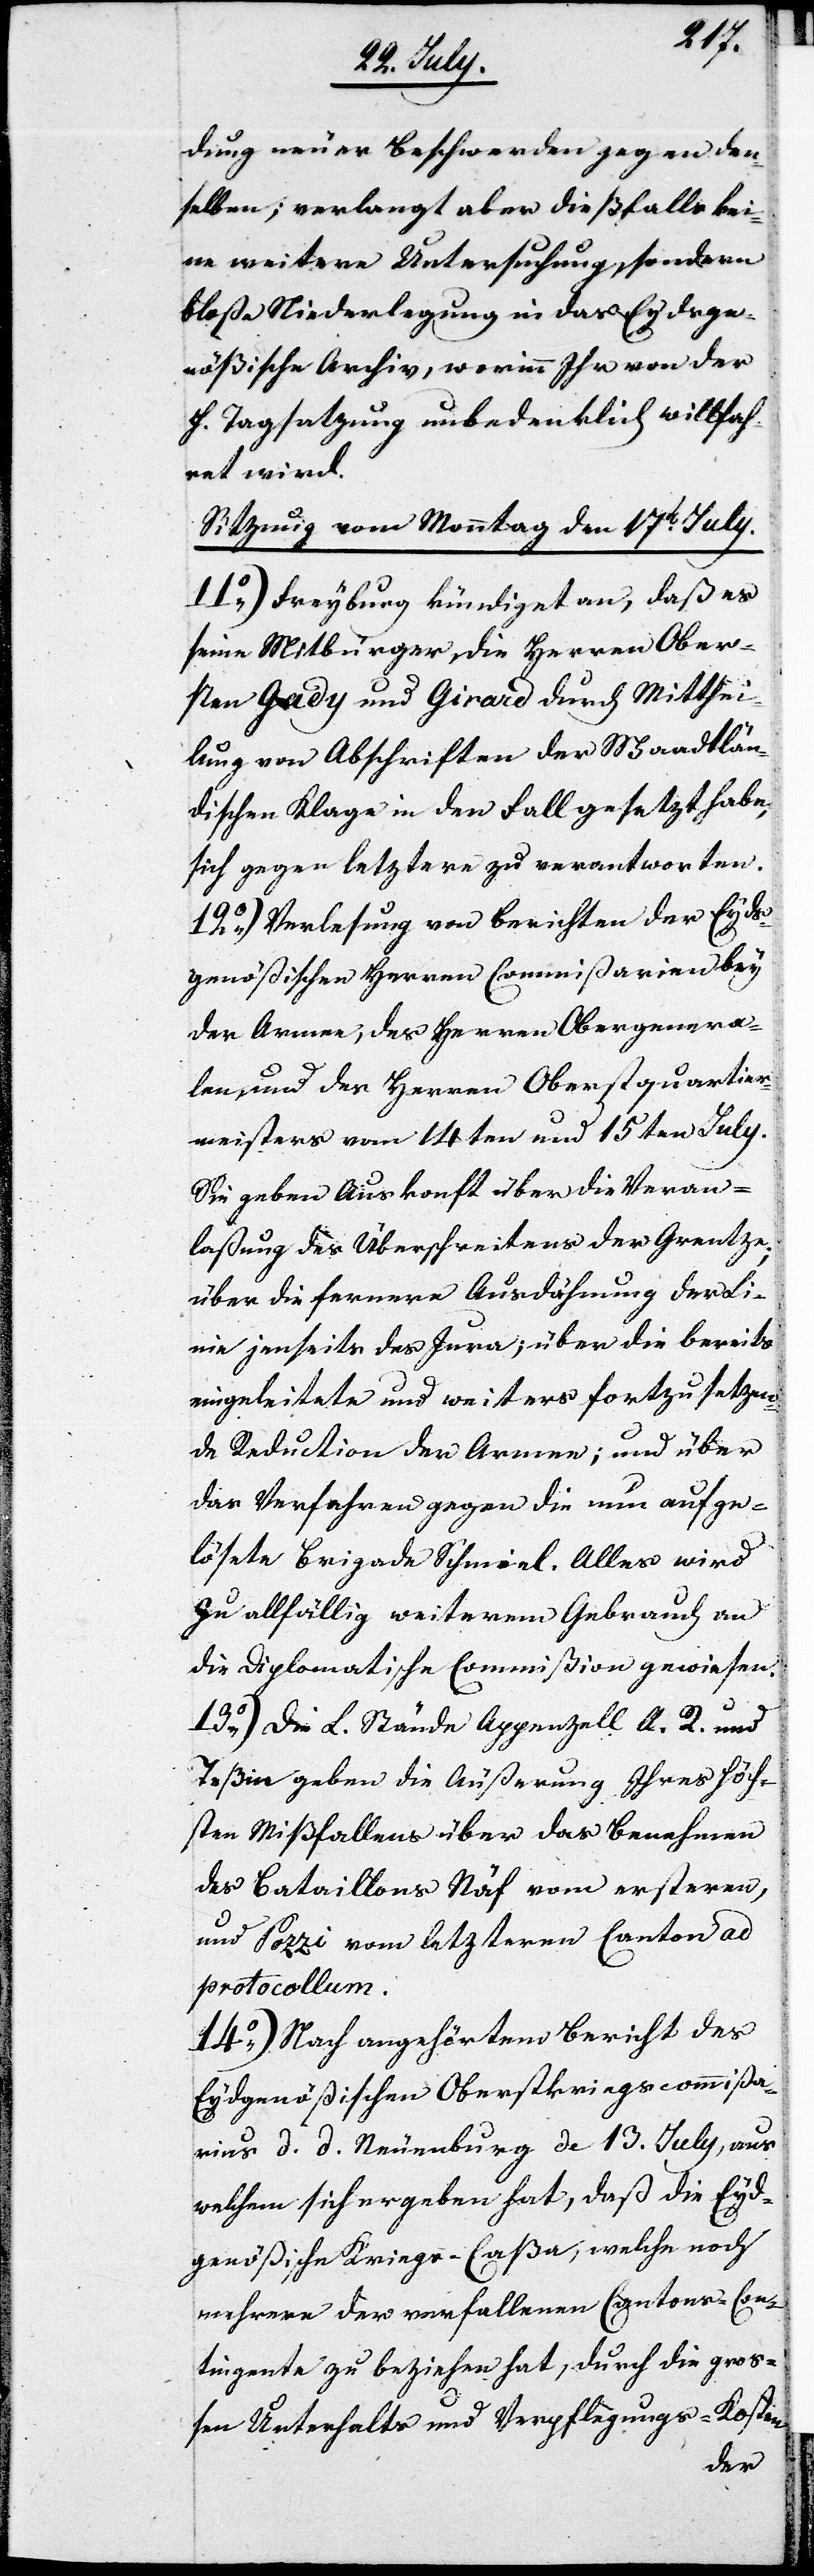
dung neuer Beschwerden gegen den¬
selben; verlangt aber diesfalls kei¬
ne weitere Untersuchung, sondern
bloße Niederlegung in das Eydsge¬
nößische Archiv, worinn Ihr von der
H. Tagsatzung unbedenklich willfah¬
ret wird.
Sitzung vom Monntag den 17ten July.
11.) Freyburg kündiget an, daß es
seine Mitbürger, die Herren Ober¬
sten Gady und Girard durch Mitthei¬
lung von Abschriften der Waadtlän¬
dischen Klage in den Fall gesetzt habe,
sich gegen letztere zu verantworten.
12.) Verlesung von Berichten der Eyds¬
genößischen Herren Commißarien bey
der Armee, des Herren Obergenera¬
len und des Herren Oberstquartier¬
meisters vom 14ten und 15ten July.
Sie geben Auskonft über die Veran¬
laßung des Überschreitens der Grenze;
über die fernere Ausdehnung der Li¬
nie jenseits des Jura; über die bereits
eingeleitete und weiters fortzusetzen¬
de Reduction der Armee; und über
die Verfahren gegen die nun aufge¬
lösete Brigade Schmiel. Alles wird
zu allfällig weiterem Gebrauch an
die Diplomatische Commißion gewiesen.
13.) Die L. Stände Appenzell A. R. und
Teßin geben die Äußerung Ihres höch¬
sten Mißfallens über das Benehmen
des Bataillons Näf vom ersteren,
und Pozzi vom letzteren Canton ad
protocollum.
14.) Nach angehörtem Bericht des
Eydsgenößischen Oberstkriegscommißa¬
rius d. d. Neuenburg de[n] 13. July, aus
welchem sich ergeben hat, daß die Eyds¬
genößische Kriegs-Caßa, welche noch
mehrere der verfallenen Cantons-Con¬
tingente zu beziehen hat, durch die groß¬
en Unterhalts und Verpflegungs-Kosten